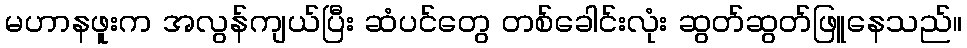
မဟာနဖူးက အလွန်ကျယ်ပြီး ဆံပင်တွေ တစ်ခေါင်းလုံး ဆွတ်ဆွတ်ဖြူနေသည်။